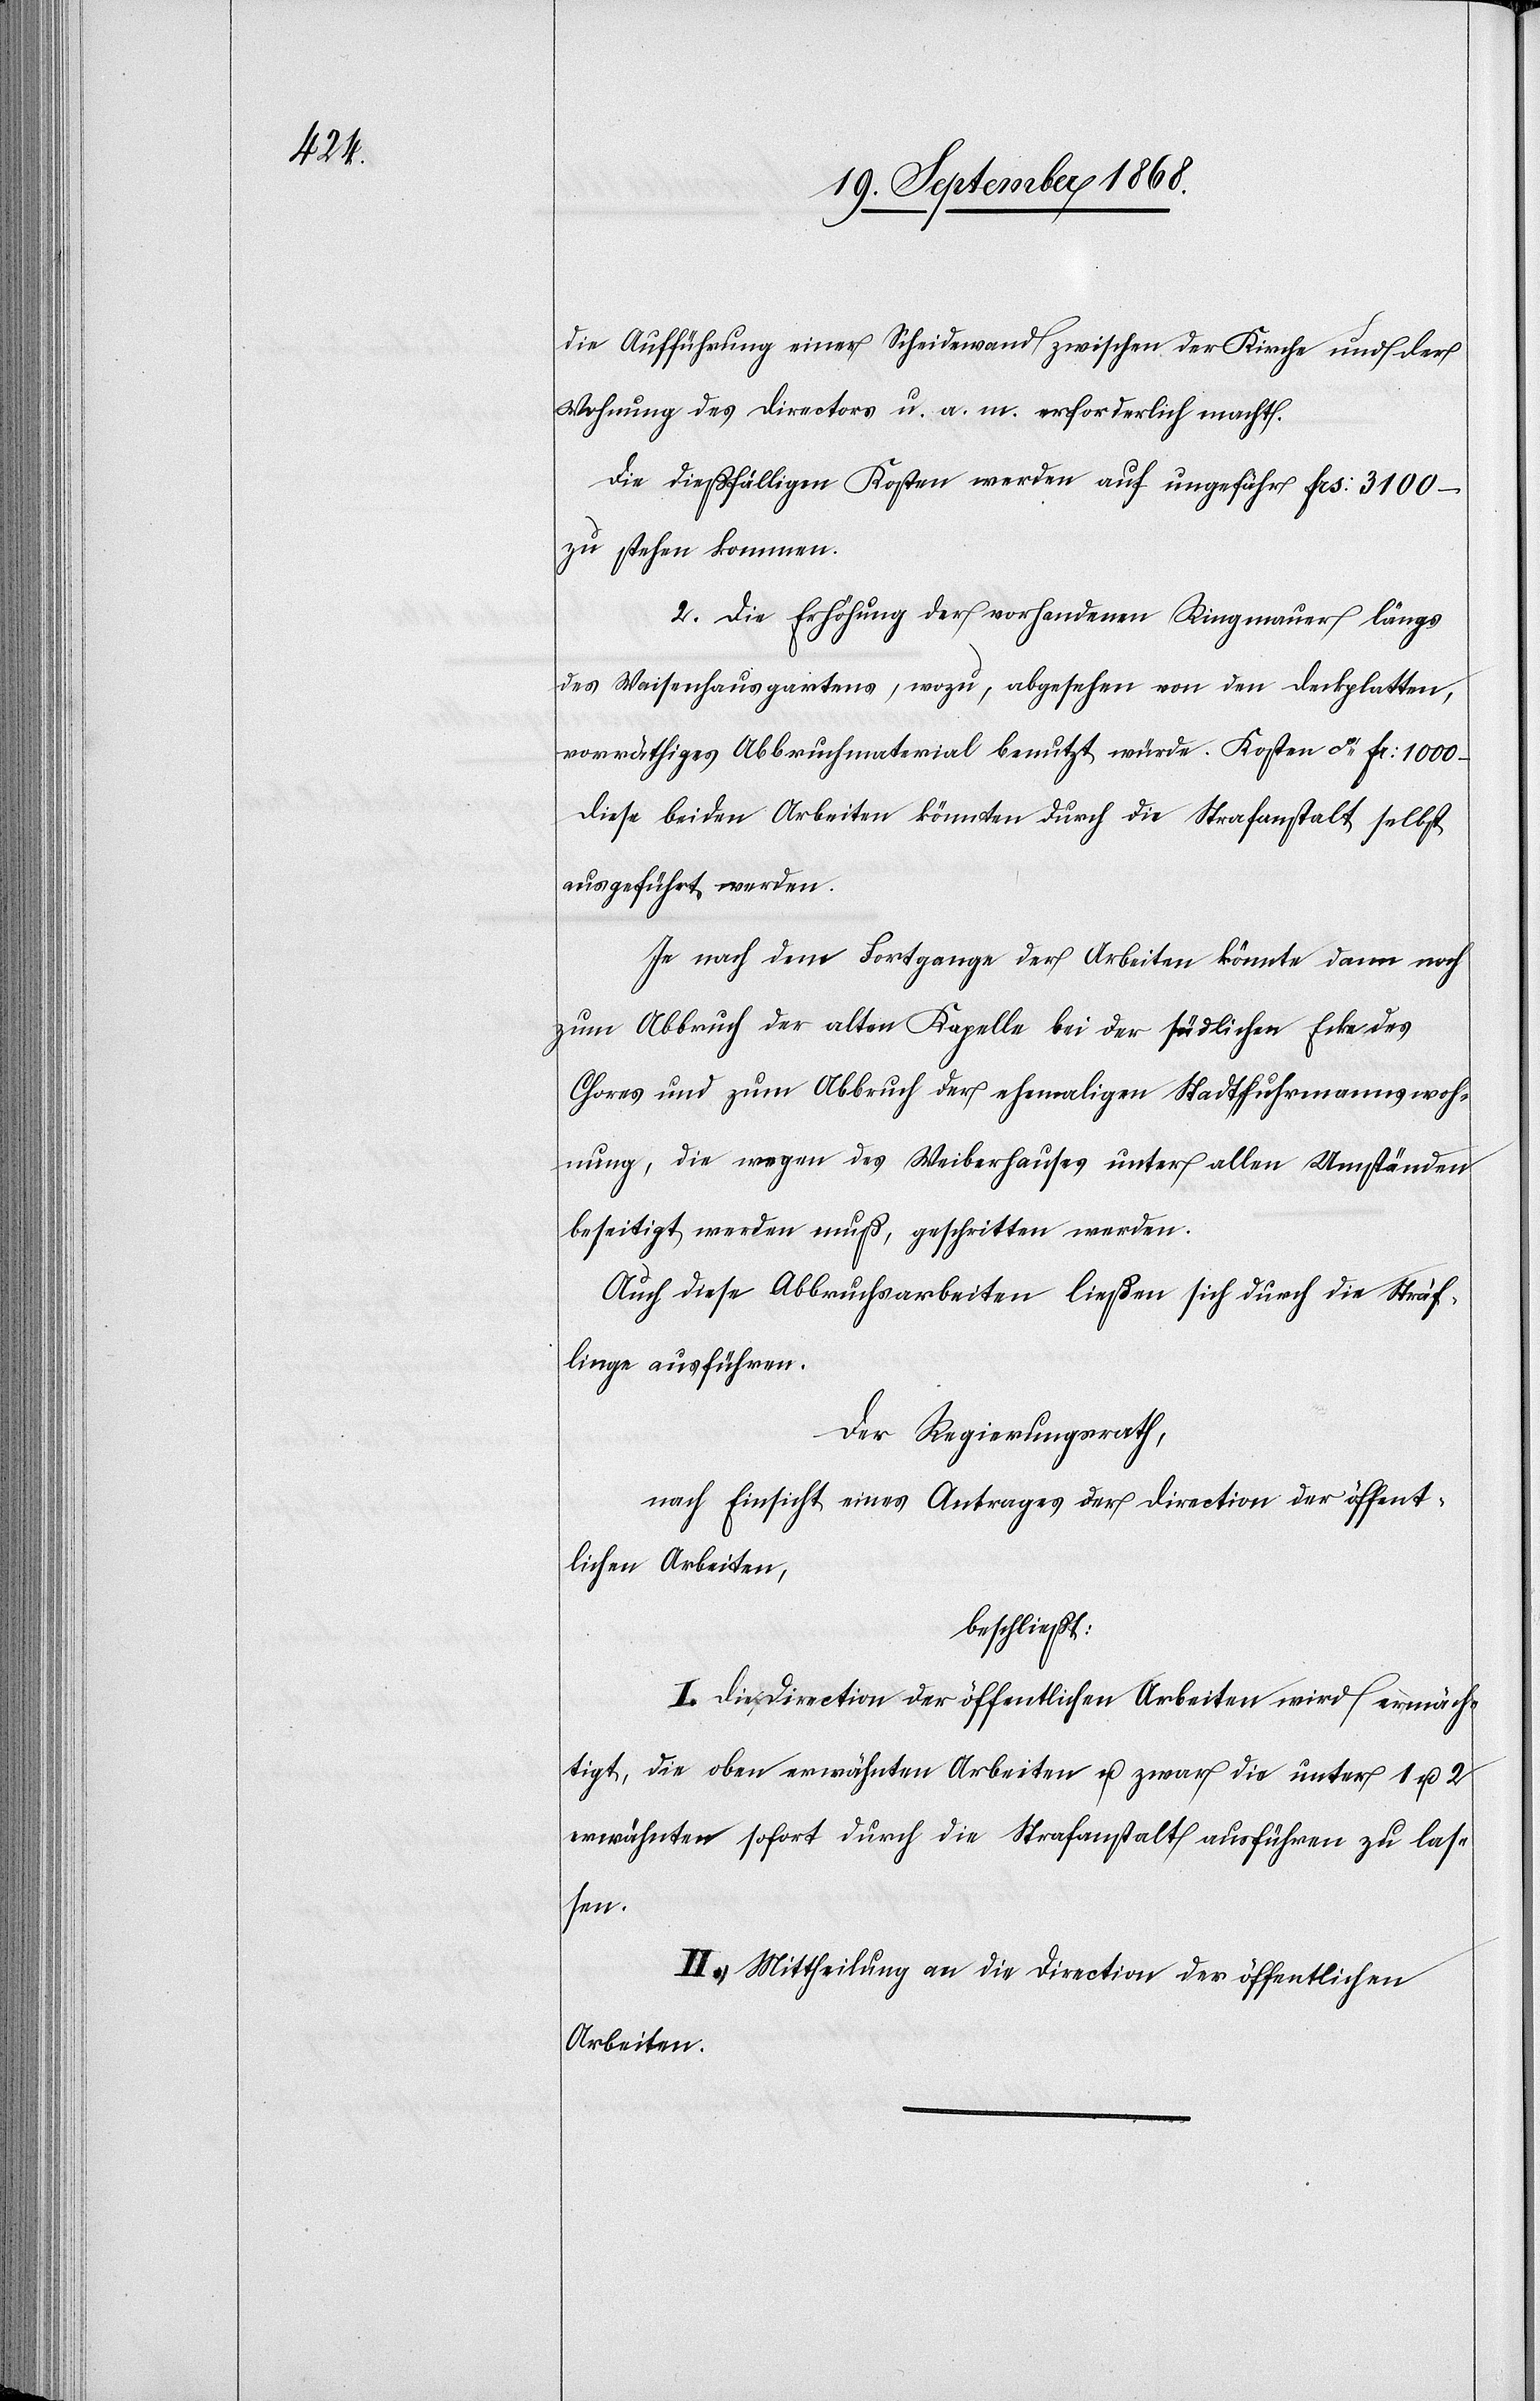
Aufführung einer Scheidewand zwischen der Kirche und der
Wohnung des Directors u. a. m. erforderlich macht.
Die dießfälligen Kosten werden auf ungefähr Frs: 3100 –
zu stehen kommen.
2. Die Erhöhung der vorhandenen Ringmauer längs
des Waisenhausgartens, wozu, abgesehen von den Deckplatten,
vorräthiges Abbruchmaterial benutzt würde. Kosten ca Fr: 1000
Diese beiden Arbeiten könnten durch die Strafanstalt selbst
ausgeführt werden.
Je nach dem Fortgange der Arbeiten könnte dann noch
zum Abbruch der alten Kapelle bei der südlichen Ecke des
Chores und zum Abbruch der ehemaligen Stadtfuhrmannswoh¬
nung, die wegen des Weiberhauses unter allen Umständen
beseitigt werden muß, geschritten werden.
Auch diese Abbruchsarbeiten ließen sich durch die Sträf¬
linge ausführen.
Der Regierungsrath,
nach Einsicht eines Antrages der Direction der öffent¬
lichen Arbeiten,
beschließt:
I. Die Direction der öffentlichen Arbeiten wird ermäch¬
tigt, die oben erwähnten Arbeiten u. zwar die unter 1 u. 2
erwähnten sofort durch die Strafanstalt ausführen zu las¬
sen.
II. Mittheilung an die Direction der öffentlichen
Arbeiten.